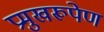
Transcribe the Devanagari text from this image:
प्रमुखरूपेण